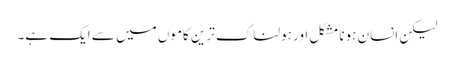
لیکن انسان ہونا مشکل اور ہولناک ترین کاموں میں سے ایک ہے۔